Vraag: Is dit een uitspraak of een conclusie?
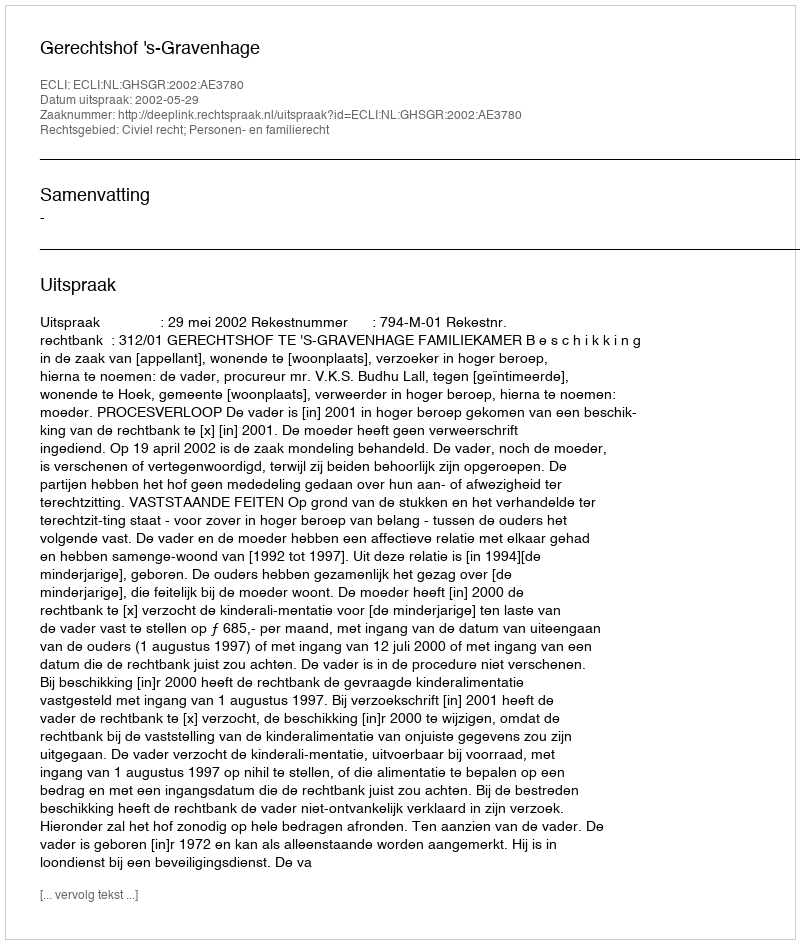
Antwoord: Uitspraak